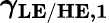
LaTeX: \boldsymbol{\gamma_{\mathrm{LE/HE},1}}